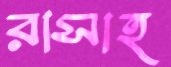
রাসাহ